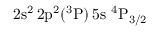
\mathrm { 2 s ^ { 2 } \, 2 p ^ { 2 } ( ^ { 3 } P ) \, 5 s ~ ^ { 4 } P _ { 3 / 2 } }